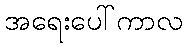
အရေးပေါ်ကာလ